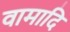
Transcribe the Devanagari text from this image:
वामादि